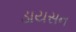
ડાયસન